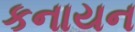
કનાયન